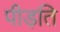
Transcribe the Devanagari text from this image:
पीड़ति